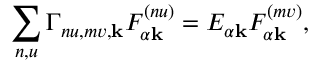
\sum _ { n , u } \Gamma _ { n u , m v , \mathbf { k } } F _ { \alpha \mathbf { k } } ^ { ( n u ) } = E _ { \alpha \mathbf { k } } F _ { \alpha \mathbf { k } } ^ { ( m v ) } ,